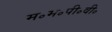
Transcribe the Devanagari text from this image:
म॰म॰पी॰वी॰